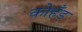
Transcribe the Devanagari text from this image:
कोहँड़